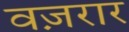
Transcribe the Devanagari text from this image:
वज़रार